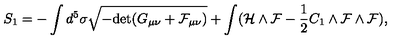
S _ { 1 } = - \int d ^ { 5 } \sigma \sqrt { - \mathrm { d e t } ( G _ { \mu \nu } + \cal F _ { \mu \nu } ) } + \int ( { \cal H } \wedge { \cal F } - \frac { 1 } { 2 } C _ { 1 } \wedge { \cal F } \wedge { \cal F } ) ,